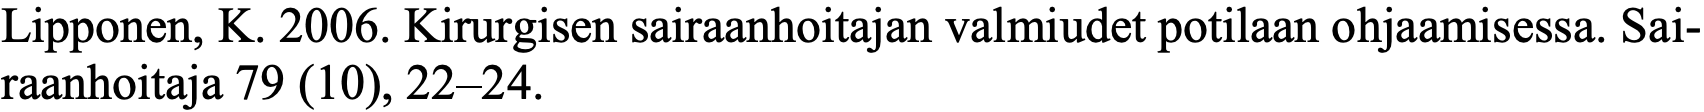
Lipponen, K. 2006. Kirurgisen sairaanhoitajan valmiudet potilaan ohjaamisessa. Sai- raanhoitaja 79 (10), 22–24.